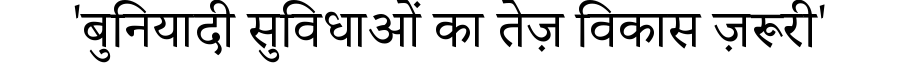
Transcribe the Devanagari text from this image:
'बुनियादी सुविधाओं का तेज़ विकास ज़रूरी'